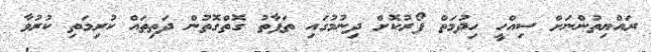
ރައްޔިތުންނަށް ސިއްހީ ހިދުމަތް ފޯރުކޮށް ދިނުމުގައި ތަފާތު ގޮތްގޮތުން ދަތިތައް ކުރިމަތި ކުރުވާ